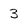
Character: 3